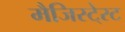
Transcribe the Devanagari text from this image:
मैजिस्टे्रट